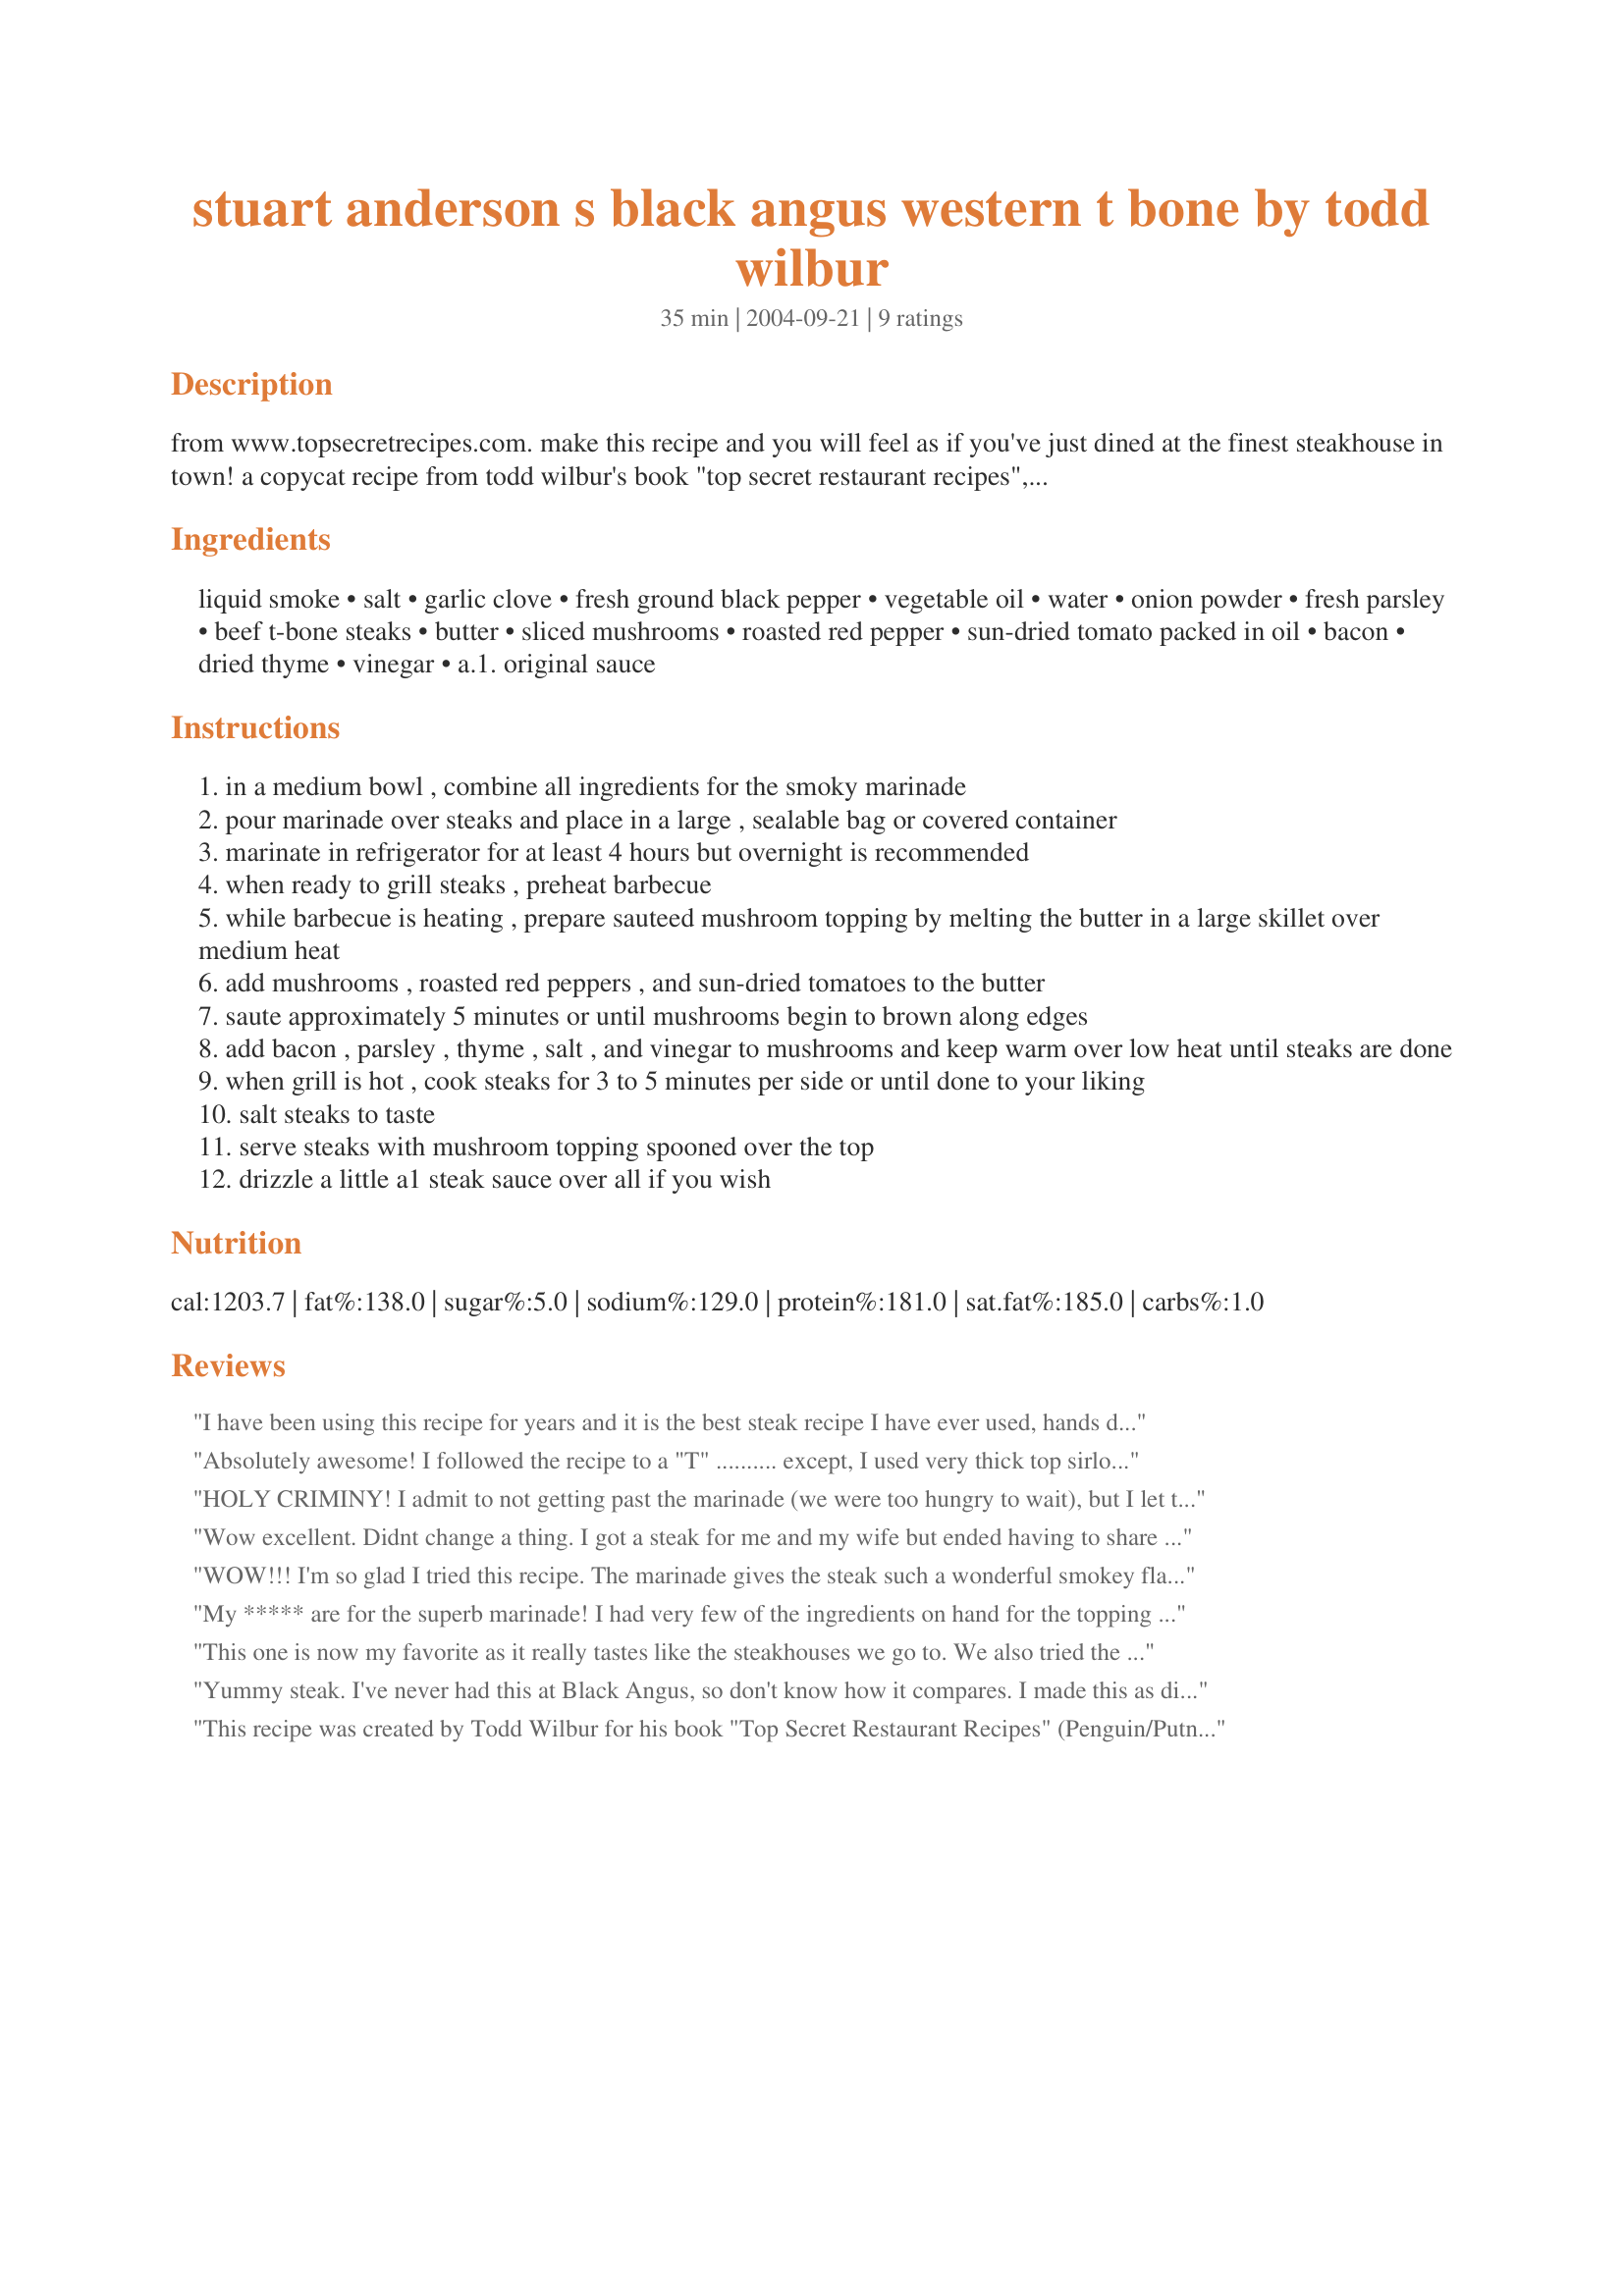
stuart anderson s black angus western t bone by todd wilbur
Preparation time: 35 minutes

from www.topsecretrecipes.com. make this recipe and you will feel as if you've just dined at the finest steakhouse in town! a copycat recipe from todd wilbur's book "top secret restaurant recipes", it never fails to satisfy that craving for great beef we so often have. the topping is out of this world. love this one!!!!!

Ingredients:
liquid smoke, salt, garlic clove, fresh ground black pepper, vegetable oil, water, onion powder, fresh parsley, beef t-bone steaks, butter, sliced mushrooms, roasted red pepper, sun-dried tomato packed in oil, bacon, dried thyme, vinegar, a.1. original sauce

Steps:
in a medium bowl , combine all ingredients for the smoky marinade
pour marinade over steaks and place in a large , sealable bag or covered container
marinate in refrigerator for at least 4 hours but overnight is recommended
when ready to grill steaks , preheat barbecue
while barbecue is heating , prepare sauteed mushroom topping by melting the butter in a large skillet over medium heat
add mushrooms , roasted red peppers , and sun-dried tomatoes to the butter
saute approximately 5 minutes or until mushrooms begin to brown along edges
add bacon , parsley , thyme , salt , and vinegar to mushrooms and keep warm over low heat until steaks are done
when grill is hot , cook steaks for 3 to 5 minutes per side or until done to your liking
salt steaks to taste
serve steaks with mushroom topping spooned over the top
drizzle a little a1 steak sauce over all if you wish

Reviews:
I have been using this recipe for years and it is the best steak recipe I have ever used, hands down. We usually use it with NY Strip Steak and for best results, have fresh, never-frozen steak, and it matters what brand of liquid smoke you use. I do not like the Wright's flavor, and prefer the Colgin brand, which is a little harder to find but makes a lot of difference. This is the only recipe where I don't need any sauce with the steak. Dinner guests always rave about the steak and ask for the recipe. Better than most restaurants!
Absolutely awesome! I followed the recipe to a "T" .......... except, I used very thick top sirloin steaks. Instead of sending my hubby out on the deck to BBQ in the middle of a raging blizzard, I used my new George Foreman grill. It took 5 minutes for mine (medium rare) and 10 minutes for the well done ......... my steak was perfect, his was like shoe leather (LOL) but he loved it. The topping was delicious - I'll add some chopped onion next time. Thanx Carol!
HOLY CRIMINY! I admit to not getting past the marinade (we were too hungry to wait), but I let those T's sit in the marinade for 1.5 days and WHOA BABY! My husband had BBQ duty and by the time he came back into the house with a plate of T's, I damn near ate his arm off trying to get at them. There was so much satisfying moaning and groaning that I'm sure we gave our neighbors something to talk about for months to come. ;o) Side dishes for our t-bones were halved, scored and grilled potatoes seasoned with olive oil, salt and pepper and wrapped in foil and BBQ corn on the cob. I actually have the Top Secret cookbook you refer to, but haven't cracked it open yet. That'll teach me. Thank you!
Wow excellent. Didnt change a thing. I got a steak for me and my wife but ended having to share it with the 3 and 6 year old because they thought it was so tasty. Great meal thanks.
WOW!!! I'm so glad I tried this recipe. The marinade gives the steak such a wonderful smokey flavor. I actually use liquid smoke alot and I have never watered it down so I left the water out of the marinade and only marinated for 2 hours. The topping was fabulous also. My dh loves mushrooms but neither of us care too much for the sun dried tomatoes so I left them out and added a little extra roasted red peppers and some sliced onion. Other than that, no other changes. We were totally impressed with this steak and topping. I guarantee there will be no leftovers!! Carol, thanks so much for this recipe!!
My ***** are for the superb marinade! I had very few of the ingredients on hand for the topping so decided to forego that & just marinate some big juicy sirloins that were hanging out in the freezer. I grilled them hot & fast & they were wonderful! Thanks for sharing!
This one is now my favorite as it really tastes like the steakhouses we go to. We also tried the topping - we served it on the side and we were glad we did. The topping was okay to us but we think we make better mushrooms ourselves - but the marinade was so good that I never popped the top on any steak sauce and this is quite something for me as I have never eaten steak without steak sauce.
Yummy steak. I've never had this at Black Angus, so don't know how it compares. I made this as directed except that I used kosher salt for the salt (I love this stuff!). I grilled the steak on my stove-top grill pan and really enjoyed the meal. Thanks Christmas Carol for a nice treat. Made for Cookbook Tag.
This recipe was created by Todd Wilbur for his book "Top Secret Restaurant Recipes" (Penguin/Putnam) and www.TopSecretRecipes.com
